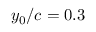
y _ { 0 } / c = 0 . 3